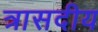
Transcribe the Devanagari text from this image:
त्रासदीय